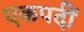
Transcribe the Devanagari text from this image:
एकपदीं